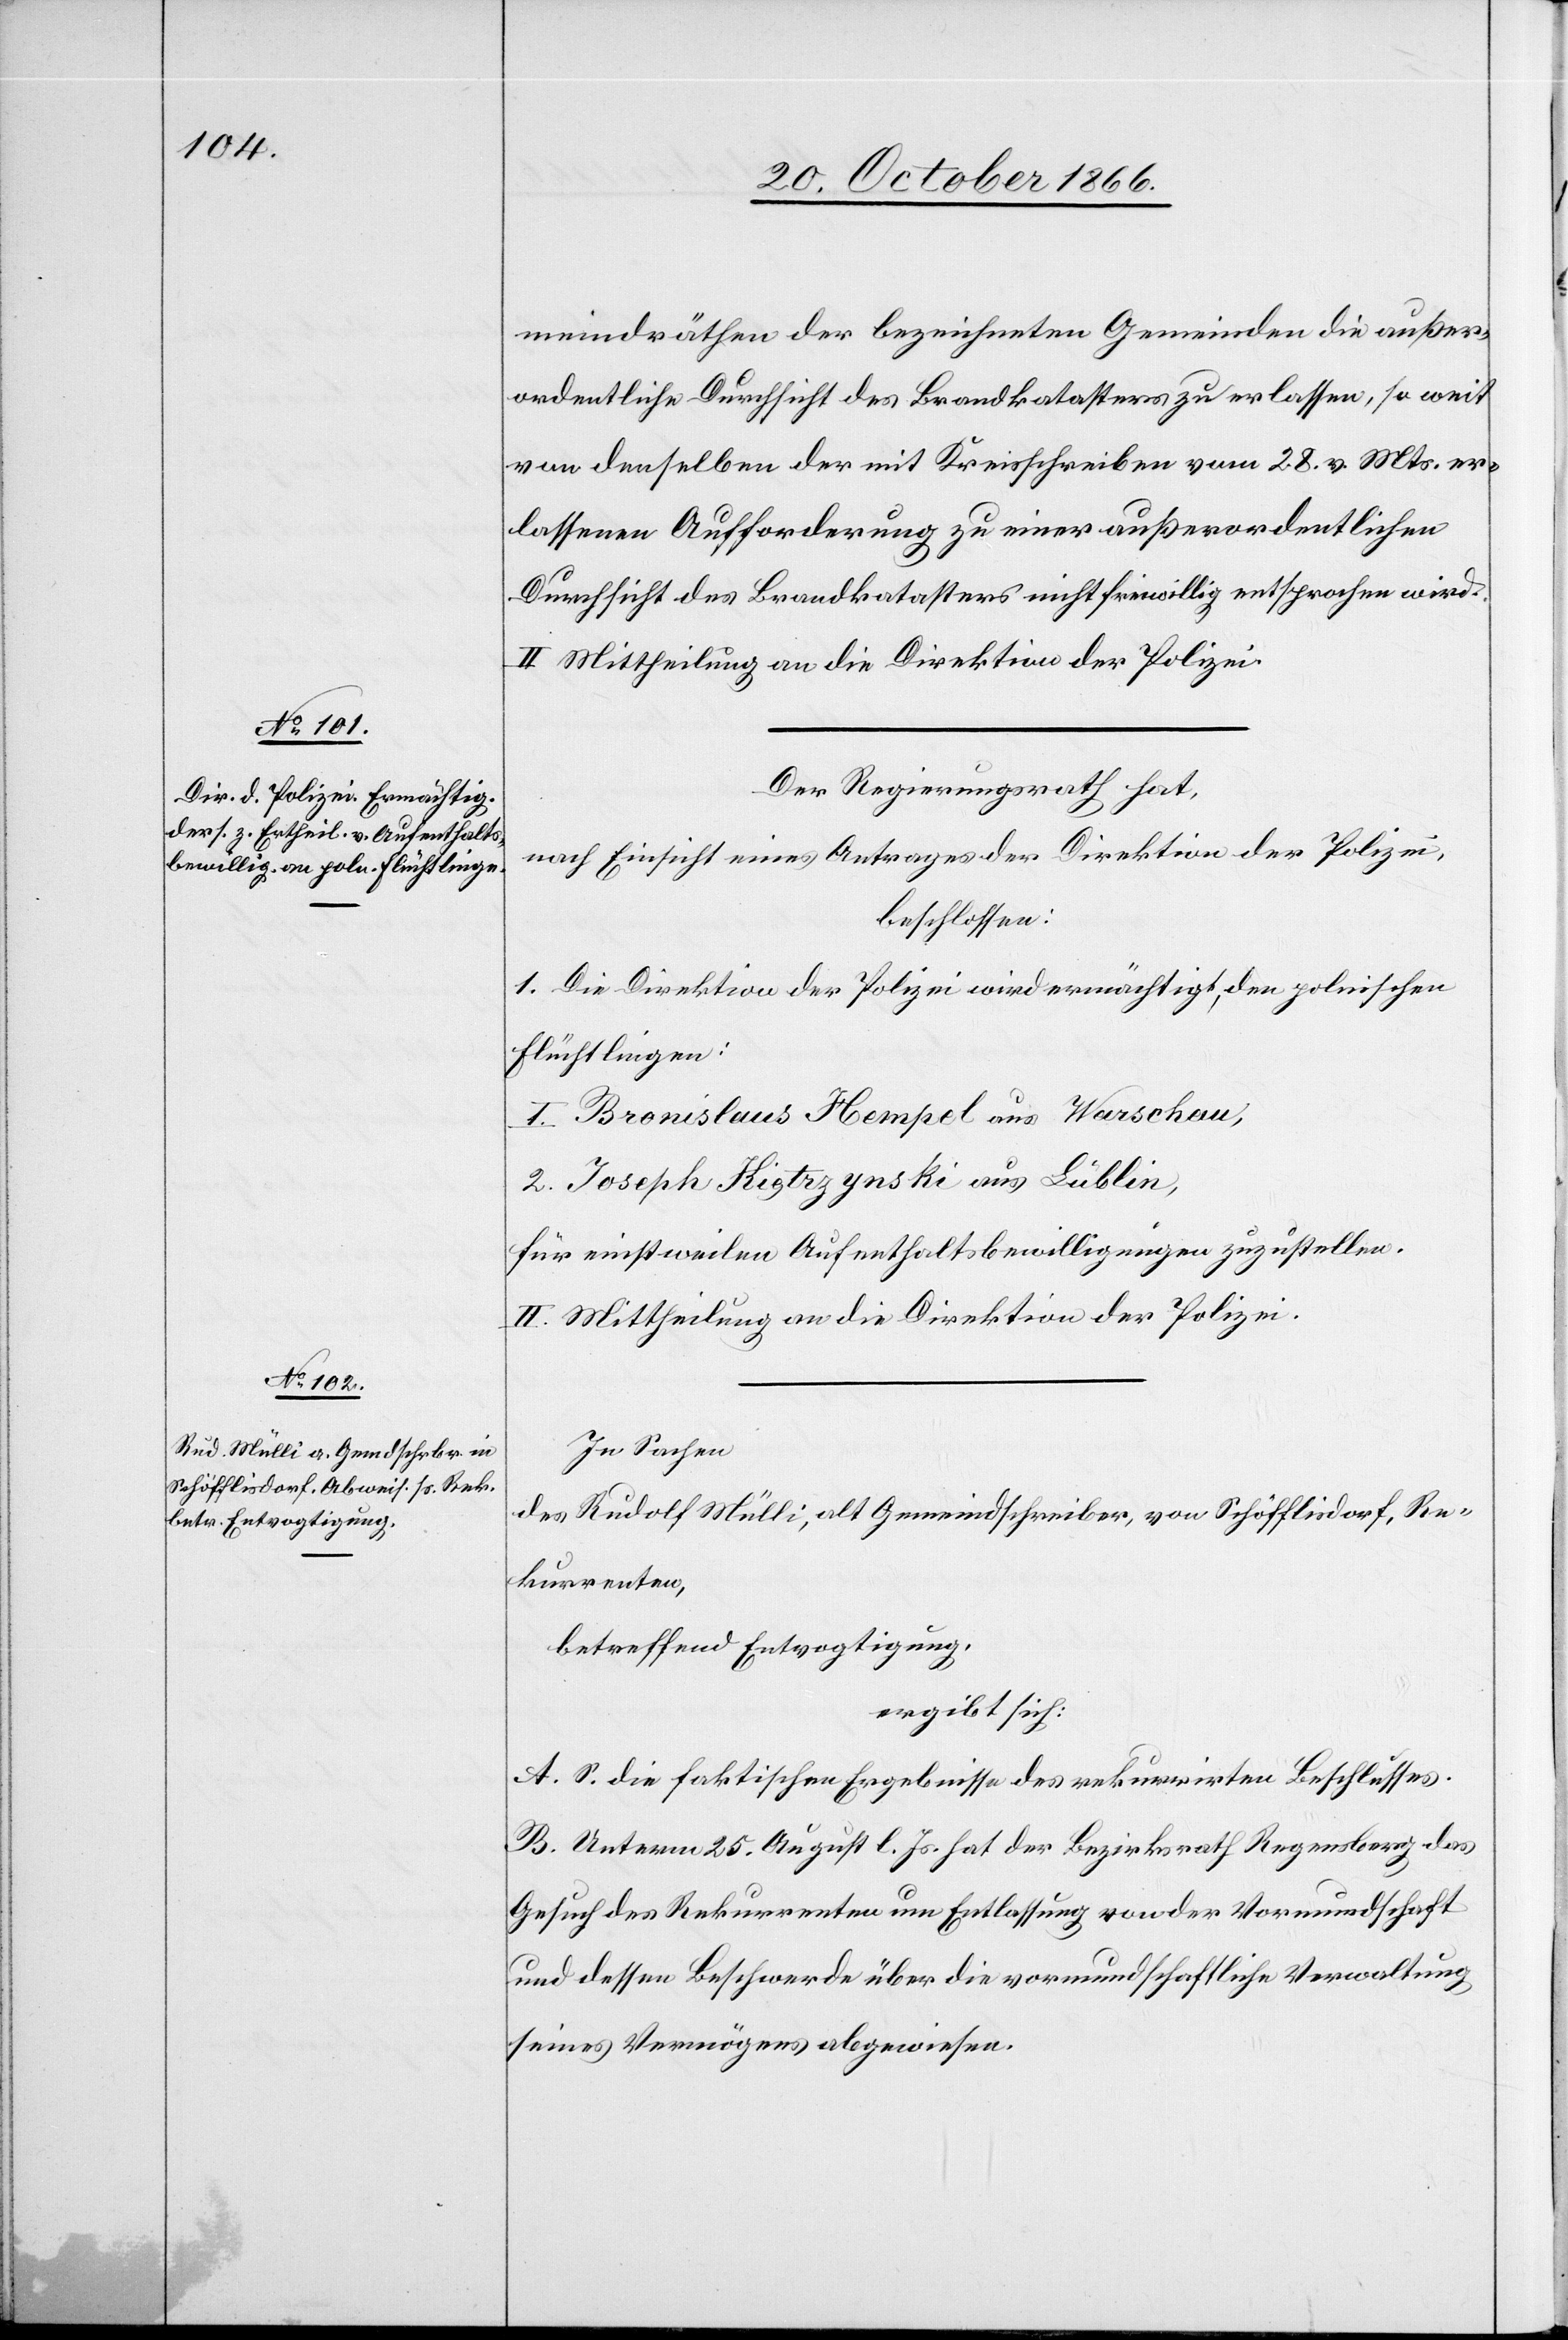
meindräthen der bezeichneten Gemeinden die außer¬
ordentliche Durchsicht des Brandkatasters zu erlassen, so weit
von denselben der mit Kreisschreiben vom 28. v. Mts er¬
lassenen Aufforderung zu einer außerordentlichen
Durchsicht des Brandkatasters nicht freiwillig entsprochen wird.
II. Mittheilung an die Direktion der Polizei.
Der Regierungsrath hat,
nach Einsicht eines Antrages der Direktion der Polizei,
beschlossen:
I. Die Direktion der Polizei wird ermächtigt, den polnischen
Flüchtlingen:
1. Bronislaus Hempel aus Warschau,
2. Joseph Kigtrzynski aus Lublin,
für einstweilen Aufenthaltsbewilligungen zuzustellen.
II. Mittheilung an die Direktion der Polizei.
In Sachen
des Rudolf Mülli, alt Gemeindschreiber, von Schöfflisdorf, Re¬
kurrenten,
betreffend Entvogtigung,
ergibt sich:
A. S. die faktischen Ergebnisse des rekurrirten Beschlusses.
B. Unterm 25. August l. Js. hat der Bezirksrath Regensberg das
Gesuch des Rekurrenten um Entlassung von der Vormundschaft
und dessen Beschwerde über die vormundschaftliche Verwaltung
seines Vermögens abgewiesen.